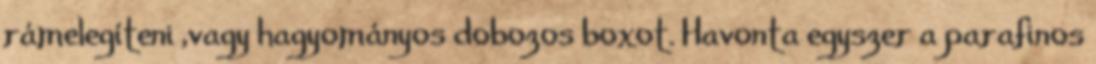
rámelegíteni ,vagy hagyományos dobozos boxot. Havonta egyszer a parafinos